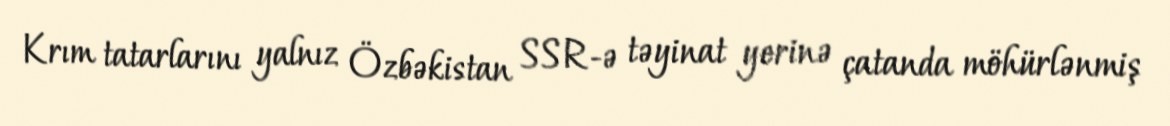
Krım tatarlarını yalnız Özbəkistan SSR-ə təyinat yerinə çatanda möhürlənmiş